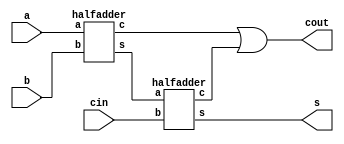
module fulladder(a,b,s,cin,cout);
  input a,b,cin;
  output s,cout; 
  wire w1,w2,w3;
  halfadder h1(a,b,w1,w2);
  halfadder h2(w1,cin,s,w3);
  or(cout,w2,w3);
  endmodule
    
    module halfadder(a,b,s,c);
      input a, b;
      output s,c;
      xor(s,a,b);
      and(c,a,b);
    endmodule